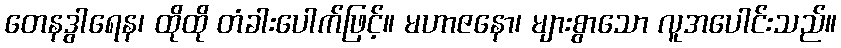
တေနဒွါရေန၊ ထိုထို တံခါးပေါက်ဖြင့်။ မဟာဇနော၊ များစွာသော လူအပေါင်းသည်။